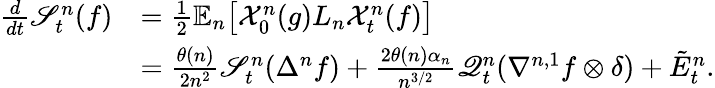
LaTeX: \begin{array}{rl}{\frac{d}{dt}\mathscr{S}_{t}^{n}(f)}&{=\frac{1}{2}\mathbb{E}_{n}\big[\mathcal{X}_{0}^{n}(g)L_{n}\mathcal{X}_{t}^{n}(f)\big]}\\ &{=\frac{\theta(n)}{2n^{2}}\mathscr{S}_{t}^{n}(\Delta^{n}f)+\frac{2\theta(n)\alpha_{n}}{n^{3/2}}\mathscr{Q}_{t}^{n}(\nabla^{n,1}f\otimes\delta)+\tilde{E}_{t}^{n}.}\end{array}